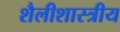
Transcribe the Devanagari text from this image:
शैलीशास्त्रीय